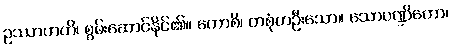
ဥဿာဟတိ၊ စွမ်းဆောင်နိုင်၏။ ကောစိ၊ တစုံတဦးသော။ သောပဏ္ဍိတော၊